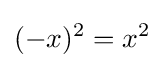
(-x)^{2}=x^{2}